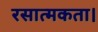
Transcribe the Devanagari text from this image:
रसात्मकता।